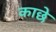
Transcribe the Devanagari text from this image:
काछे